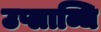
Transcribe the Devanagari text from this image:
उप्लाब्धि